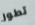
تطور